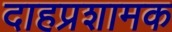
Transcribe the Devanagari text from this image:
दाहप्रशामक